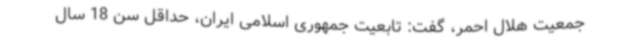
جمعیت هلال احمر، گفت: تابعیت جمهوری اسلامی ایران، حداقل سن 18 سال